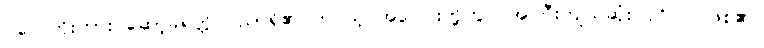
ပလေတိုးကား ဆော့ခရတ္တိ ပညာရှိ၏ တပည့် အပေါင်းတို့တွင် အကြီးကျယ်ဆုံး ပုဂ္ဂိုလ် ဖြစ်၏။